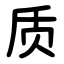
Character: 质